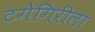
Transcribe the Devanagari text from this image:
टगेगिरीला